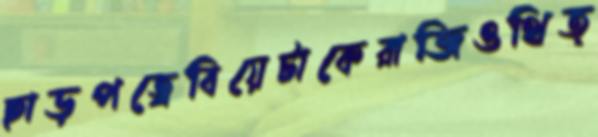
ছাড়পত্রেবিয়েটাকেরাজিওথিত্